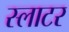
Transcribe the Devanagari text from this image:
स्‍लाटर